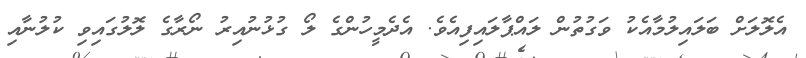
އެލޮލަށް ބަލައިލުމާއެކު ވަގުތުން ލައްޕާލައިފިއެވެ. އެދެމީހުންގެ ލޯ ގުޅުނުއިރު ނޯރާގެ ލޮލުގައިވި ކުލުނާއި